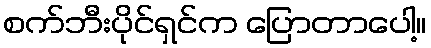
စက်ဘီးပိုင်ရှင်က ပြောတာပေါ့။